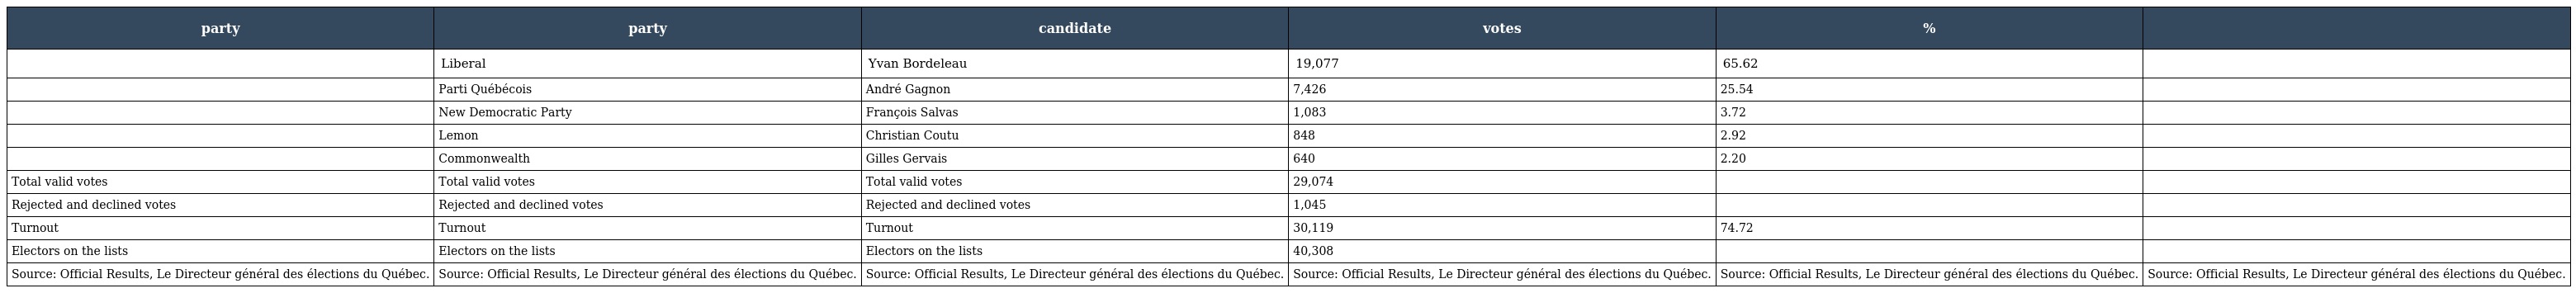
| party | party | candidate | votes | % |  |
 | --- | --- | --- | --- | --- | --- |
 |  | Liberal | Yvan Bordeleau | 19,077 | 65.62 |  |
 |  | Parti Québécois | André Gagnon | 7,426 | 25.54 |  |
 |  | New Democratic Party | François Salvas | 1,083 | 3.72 |  |
 |  | Lemon | Christian Coutu | 848 | 2.92 |  |
 |  | Commonwealth | Gilles Gervais | 640 | 2.20 |  |
 | Total valid votes | Total valid votes | Total valid votes | 29,074 |  |  |
 | Rejected and declined votes | Rejected and declined votes | Rejected and declined votes | 1,045 |  |  |
 | Turnout | Turnout | Turnout | 30,119 | 74.72 |  |
 | Electors on the lists | Electors on the lists | Electors on the lists | 40,308 |  |  |
 | Source: Official Results, Le Directeur général des élections du Québec. | Source: Official Results, Le Directeur général des élections du Québec. | Source: Official Results, Le Directeur général des élections du Québec. | Source: Official Results, Le Directeur général des élections du Québec. | Source: Official Results, Le Directeur général des élections du Québec. | Source: Official Results, Le Directeur général des élections du Québec. |